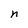
Character: n